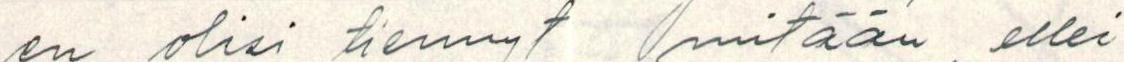
en olisi tiennyt mitään ellei